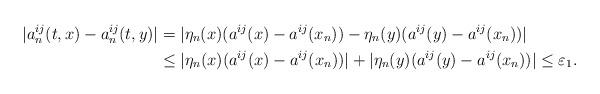
LaTeX: \begin{align*}|a_{n}^{ij}(t,x)-a_{n}^{ij}(t,y)|&= |\eta_n(x)(a^{ij}(x)-a^{ij}(x_n))-\eta_n(y)(a^{ij}(y)-a^{ij}(x_n))|\\&\leq |\eta_n(x)(a^{ij}(x)-a^{ij}(x_n))|+|\eta_n(y)(a^{ij}(y)-a^{ij}(x_n))| \leq \varepsilon_{1}.\end{align*}